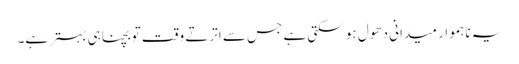
یہ ناہموار میدانی دھول ہو سکتی ہے جس سے اترتے وقت تو بچنا ہی بہتر ہے۔